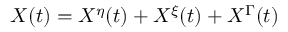
X ( t ) = X ^ { \eta } ( t ) + X ^ { \xi } ( t ) + X ^ { \Gamma } ( t )